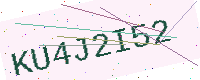
Text: KU4J2I52